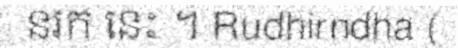
នរក នេះ ។ Rudhirndha (